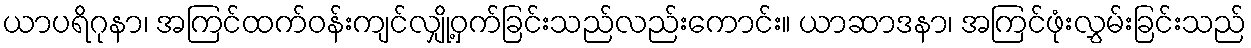
ယာပရိဂုနာ၊ အကြင်ထက်ဝန်းကျင်လျှို့ဝှက်ခြင်းသည်လည်းကောင်း။ ယာဆာဒနာ၊ အကြင်ဖုံးလွှမ်းခြင်းသည်